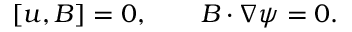
[ u , B ] = 0 , \qquad B \cdot \nabla \psi = 0 .